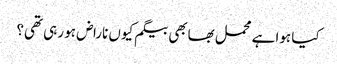
کیا ہوا ہے محمل بھابھی بیگم کیوں ناراض ہو رہی تھی؟